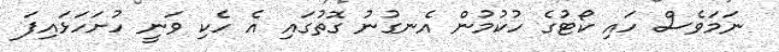
ނަމަވެސް ހައި ކޯޓުގެ ހުކުމުން އެނގުނު ގޮތުގައި އެ ހެކި ވަނީ ހުށަަހަޅައިފަ